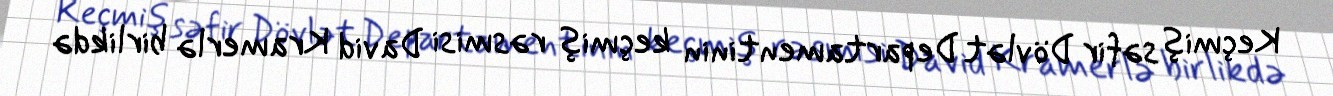
Keçmiş səfir Dövlət Departamentinin keçmiş rəsmisi David Kramerlə birlikdə